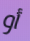
أو